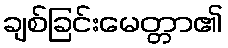
ချစ်ခြင်းမေတ္တာ၏